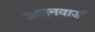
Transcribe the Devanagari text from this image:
डाउनवार्ड